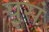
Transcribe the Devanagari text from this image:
यूसं